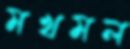
মখমল